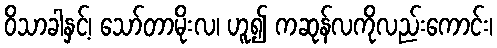
ဝိသာခါနှင့်၊ သော်တာမိုးလ၊ ဟူ၍ ကဆုန်လကိုလည်းကောင်း၊